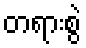
တရားစွဲ